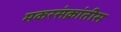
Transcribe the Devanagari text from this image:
मकरसंक्रांतीस